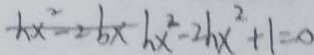
h x ^ { 2 } - 2 b x h x ^ { 2 } - 2 h x ^ { 2 } + 1 = 0